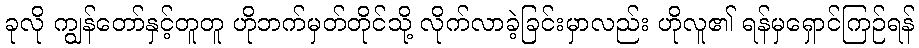
ခုလို ကျွန်တော်နှင့်တူတူ ဟိုဘက်မှတ်တိုင်သို့ လိုက်လာခဲ့ခြင်းမှာလည်း ဟိုလူ၏ ရန်မှရှောင်ကြဉ်ရန်